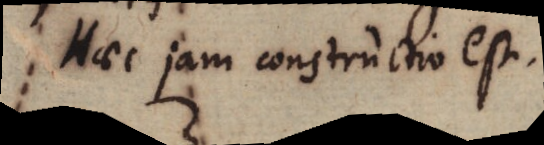
Haec jam constructio est.